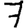
Digit: 7